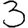
Digit: 3